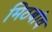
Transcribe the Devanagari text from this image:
मिठबांव